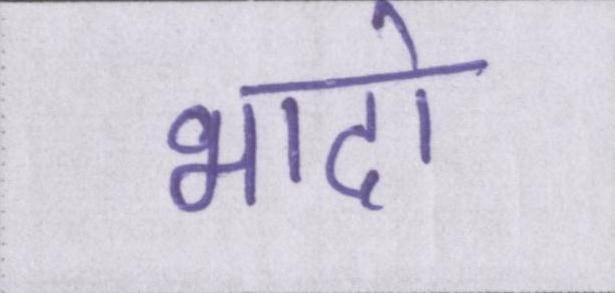
भादो